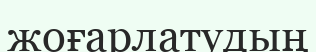
жоғарлатудың